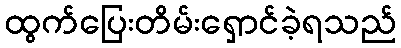
ထွက်ပြေးတိမ်းရှောင်ခဲ့ရသည်